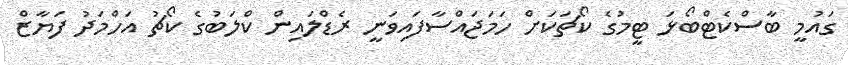
ގައުމީ ބާސްކެޓްބޯޅަ ޓީމުގެ ކޯޗަކަށް ހަމަޖައްސާފައިވަނީ ރެޑްލައިން ކްލަބުގެ ކޯޗު އަހްމަދު ފަޔާޒް